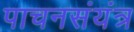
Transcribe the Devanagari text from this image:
पाचनसंयंत्र